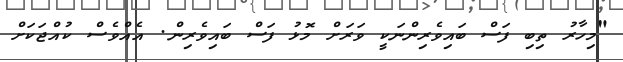
"މިހާރު ތިބި ފަސް ބައިވެރިންނަކީ ވަރަށް މޮޅު ފަސް ބައިވެރިން. އެއްވެސް ކުއްޖަކަށް